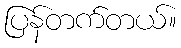
ပြန်တက်တယ်။